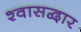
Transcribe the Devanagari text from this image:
श्वासद्वार